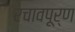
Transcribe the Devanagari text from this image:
रचावपूर्ण